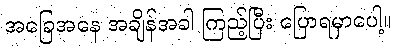
အခြေအနေ အချိန်အခါ ကြည့်ပြီး ပြောရမှာပေါ့။